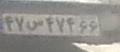
۴۷س۴۷۴۶۶